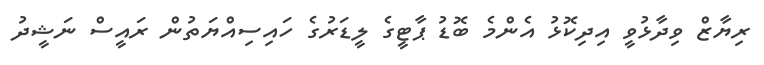
ރިޔާޒް ވިދާޅުވީ އިދިކޮޅު އެންމެ ބޮޑު ޕާޓީގެ ލީޑަރުގެ ހައިސިއްޔަތުން ރައީސް ނަޝީދު